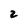
Character: 2